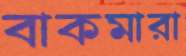
বাকমারা